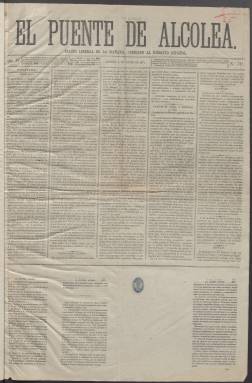
Título: El Puente de Alcolea
Colección: Periódicos
Ámbito geográfico: Madrid
Lugar de publicación: Madrid
Fechas: 05/03/1871-06/04/1871